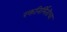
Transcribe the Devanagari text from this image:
रक्तनिर्मितीचा